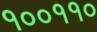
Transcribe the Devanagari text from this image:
१००११०